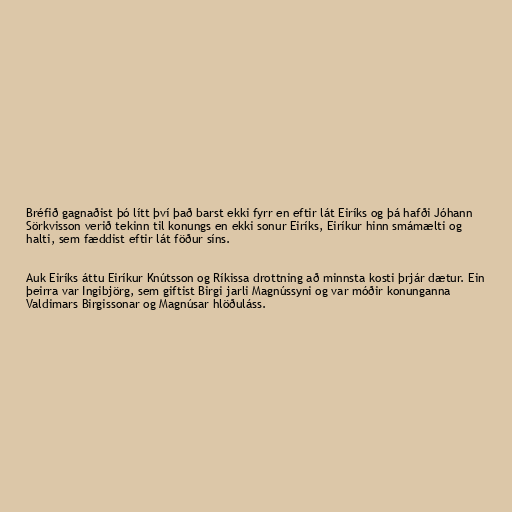
Bréfið gagnaðist þó lítt því það barst ekki fyrr en eftir lát Eiríks og þá hafði Jóhann
Sörkvisson verið tekinn til konungs en ekki sonur Eiríks, Eiríkur hinn smámælti og
halti, sem fæddist eftir lát föður síns.

Auk Eiríks áttu Eiríkur Knútsson og Ríkissa drottning að minnsta kosti þrjár dætur. Ein
þeirra var Ingibjörg, sem giftist Birgi jarli Magnússyni og var móðir konunganna
Valdimars Birgissonar og Magnúsar hlöðuláss.